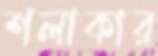
শলাকার